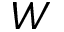
W